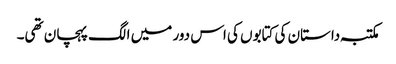
مکتبہ داستان کی کتابوں کی اس دور میں الگ پہچان تھی۔